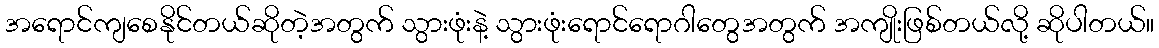
အရောင်ကျစေနိုင်တယ်ဆိုတဲ့အတွက် သွားဖုံးနဲ့ သွားဖုံးရောင်ရောဂါတွေအတွက် အကျိုးဖြစ်တယ်လို့ ဆိုပါတယ်။